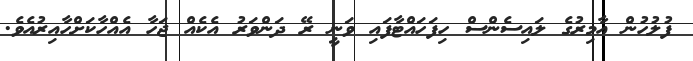
ފުލުހުން އާމިރުގެ ލައިސެންސް ހިފަހައްޓާފައި ވަނީ ރޭ ދަންވަރު އެކެއް ޖަހާ އެއްހާކަށްހާއިރުއެވެ.